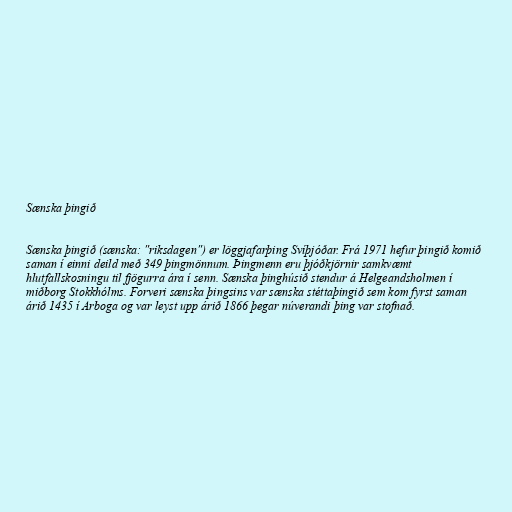
Sænska þingið

Sænska þingið (sænska: "riksdagen") er löggjafarþing Svíþjóðar. Frá 1971 hefur þingið komið
saman í einni deild með 349 þingmönnum. Þingmenn eru þjóðkjörnir samkvæmt
hlutfallskosningu til fjögurra ára í senn. Sænska þinghúsið stendur á Helgeandsholmen í
miðborg Stokkhólms. Forveri sænska þingsins var sænska stéttaþingið sem kom fyrst saman
árið 1435 í Arboga og var leyst upp árið 1866 þegar núverandi þing var stofnað.